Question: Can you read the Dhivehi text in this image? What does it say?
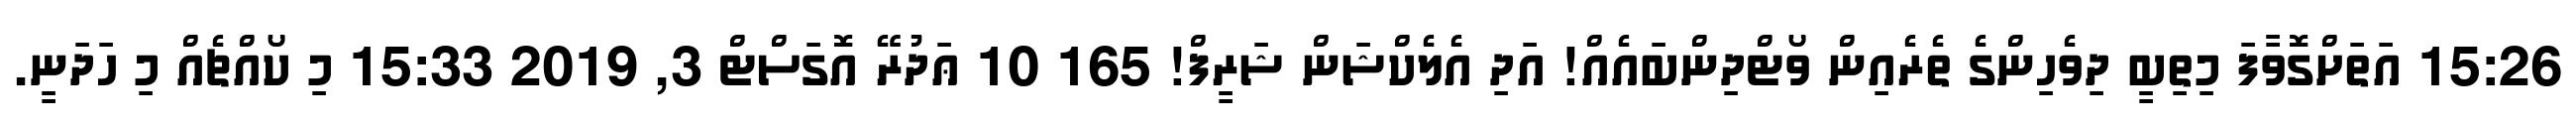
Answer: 15:26 އަތަށްގޮވާފަ މިތިބީ ދިވެހިންގެ ތެރެއިން ވޯޓްދިންބައެއް! އަދި އެލެކްޝަން ޝަރީފް! 165 10 ޢަދުރޭ އޮގަސްޓް 3, 2019 15:33 މި ކޯއްޗެއް މި ހަދަނީ.